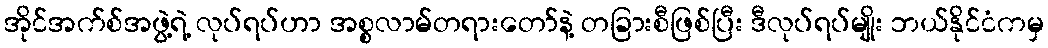
အိုင်အက်စ်အဖွဲ့ရဲ့ လုပ်ရပ်ဟာ အစ္စလာမ်တရားတော်နဲ့ တခြားစီဖြစ်ပြီး ဒီလုပ်ရပ်မျိုး ဘယ်နိုင်ငံကမှ